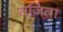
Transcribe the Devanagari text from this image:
सजिता